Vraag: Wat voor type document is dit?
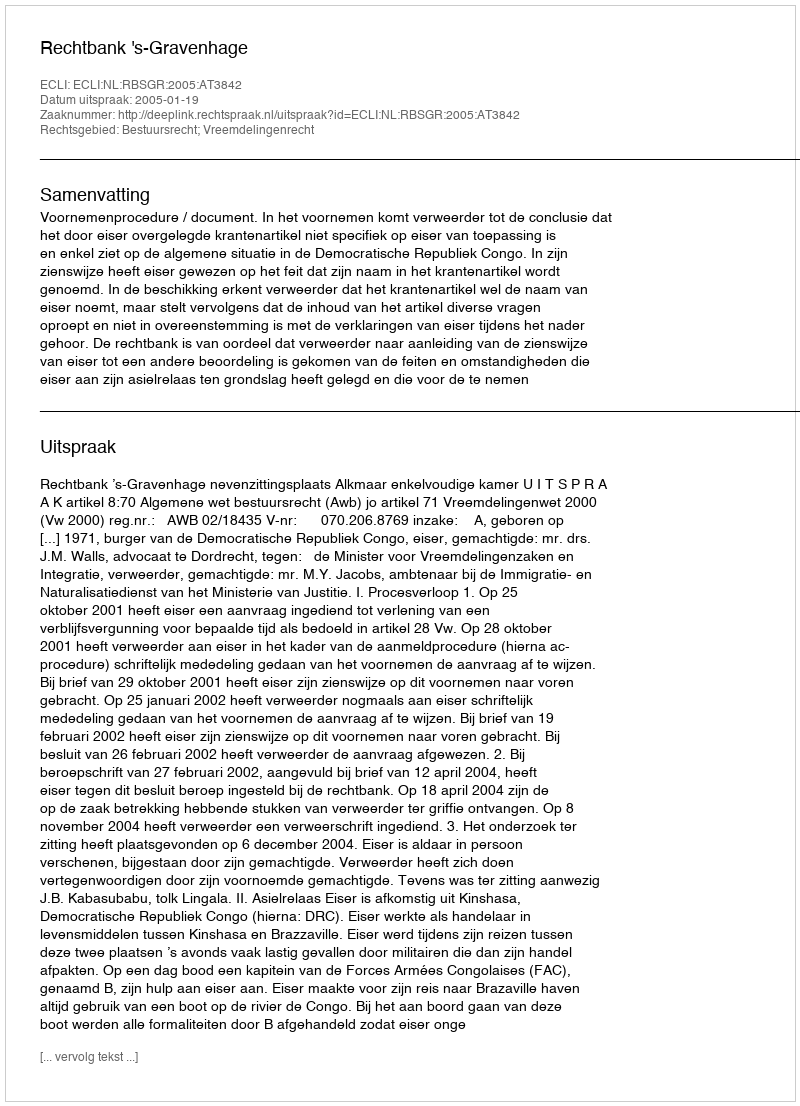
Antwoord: Uitspraak